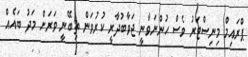
ޕްރައިމް މިނިސްޓަރު ވެސް ހުންނަވާނީ ޖަވާބުދާރީ ކުރުވަން ތިބޭނީ ވަރަށް މަދު ބައެއް